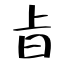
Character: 㫖